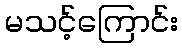
မသင့်ကြောင်း